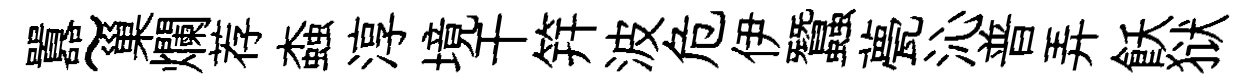
囂~巢爛荐螙淳境干笄波危伊蠶甍沁普弄飫狱